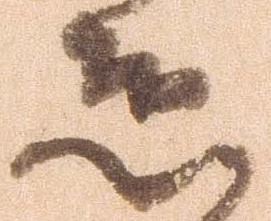
恐